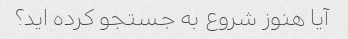
آیا هنوز شروع به جستجو کرده اید؟